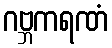
ဂဗ္ဘကရဏံ